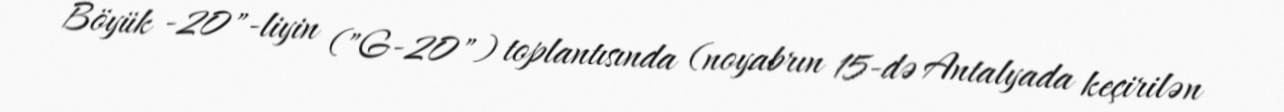
Böyük -20"-liyin ("G-20") toplantısında (noyabrın 15-də Antalyada keçirilən